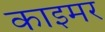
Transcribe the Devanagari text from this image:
काइमर